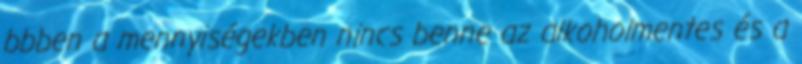
bbben a mennyiségekben nincs benne az alkoholmentes és a